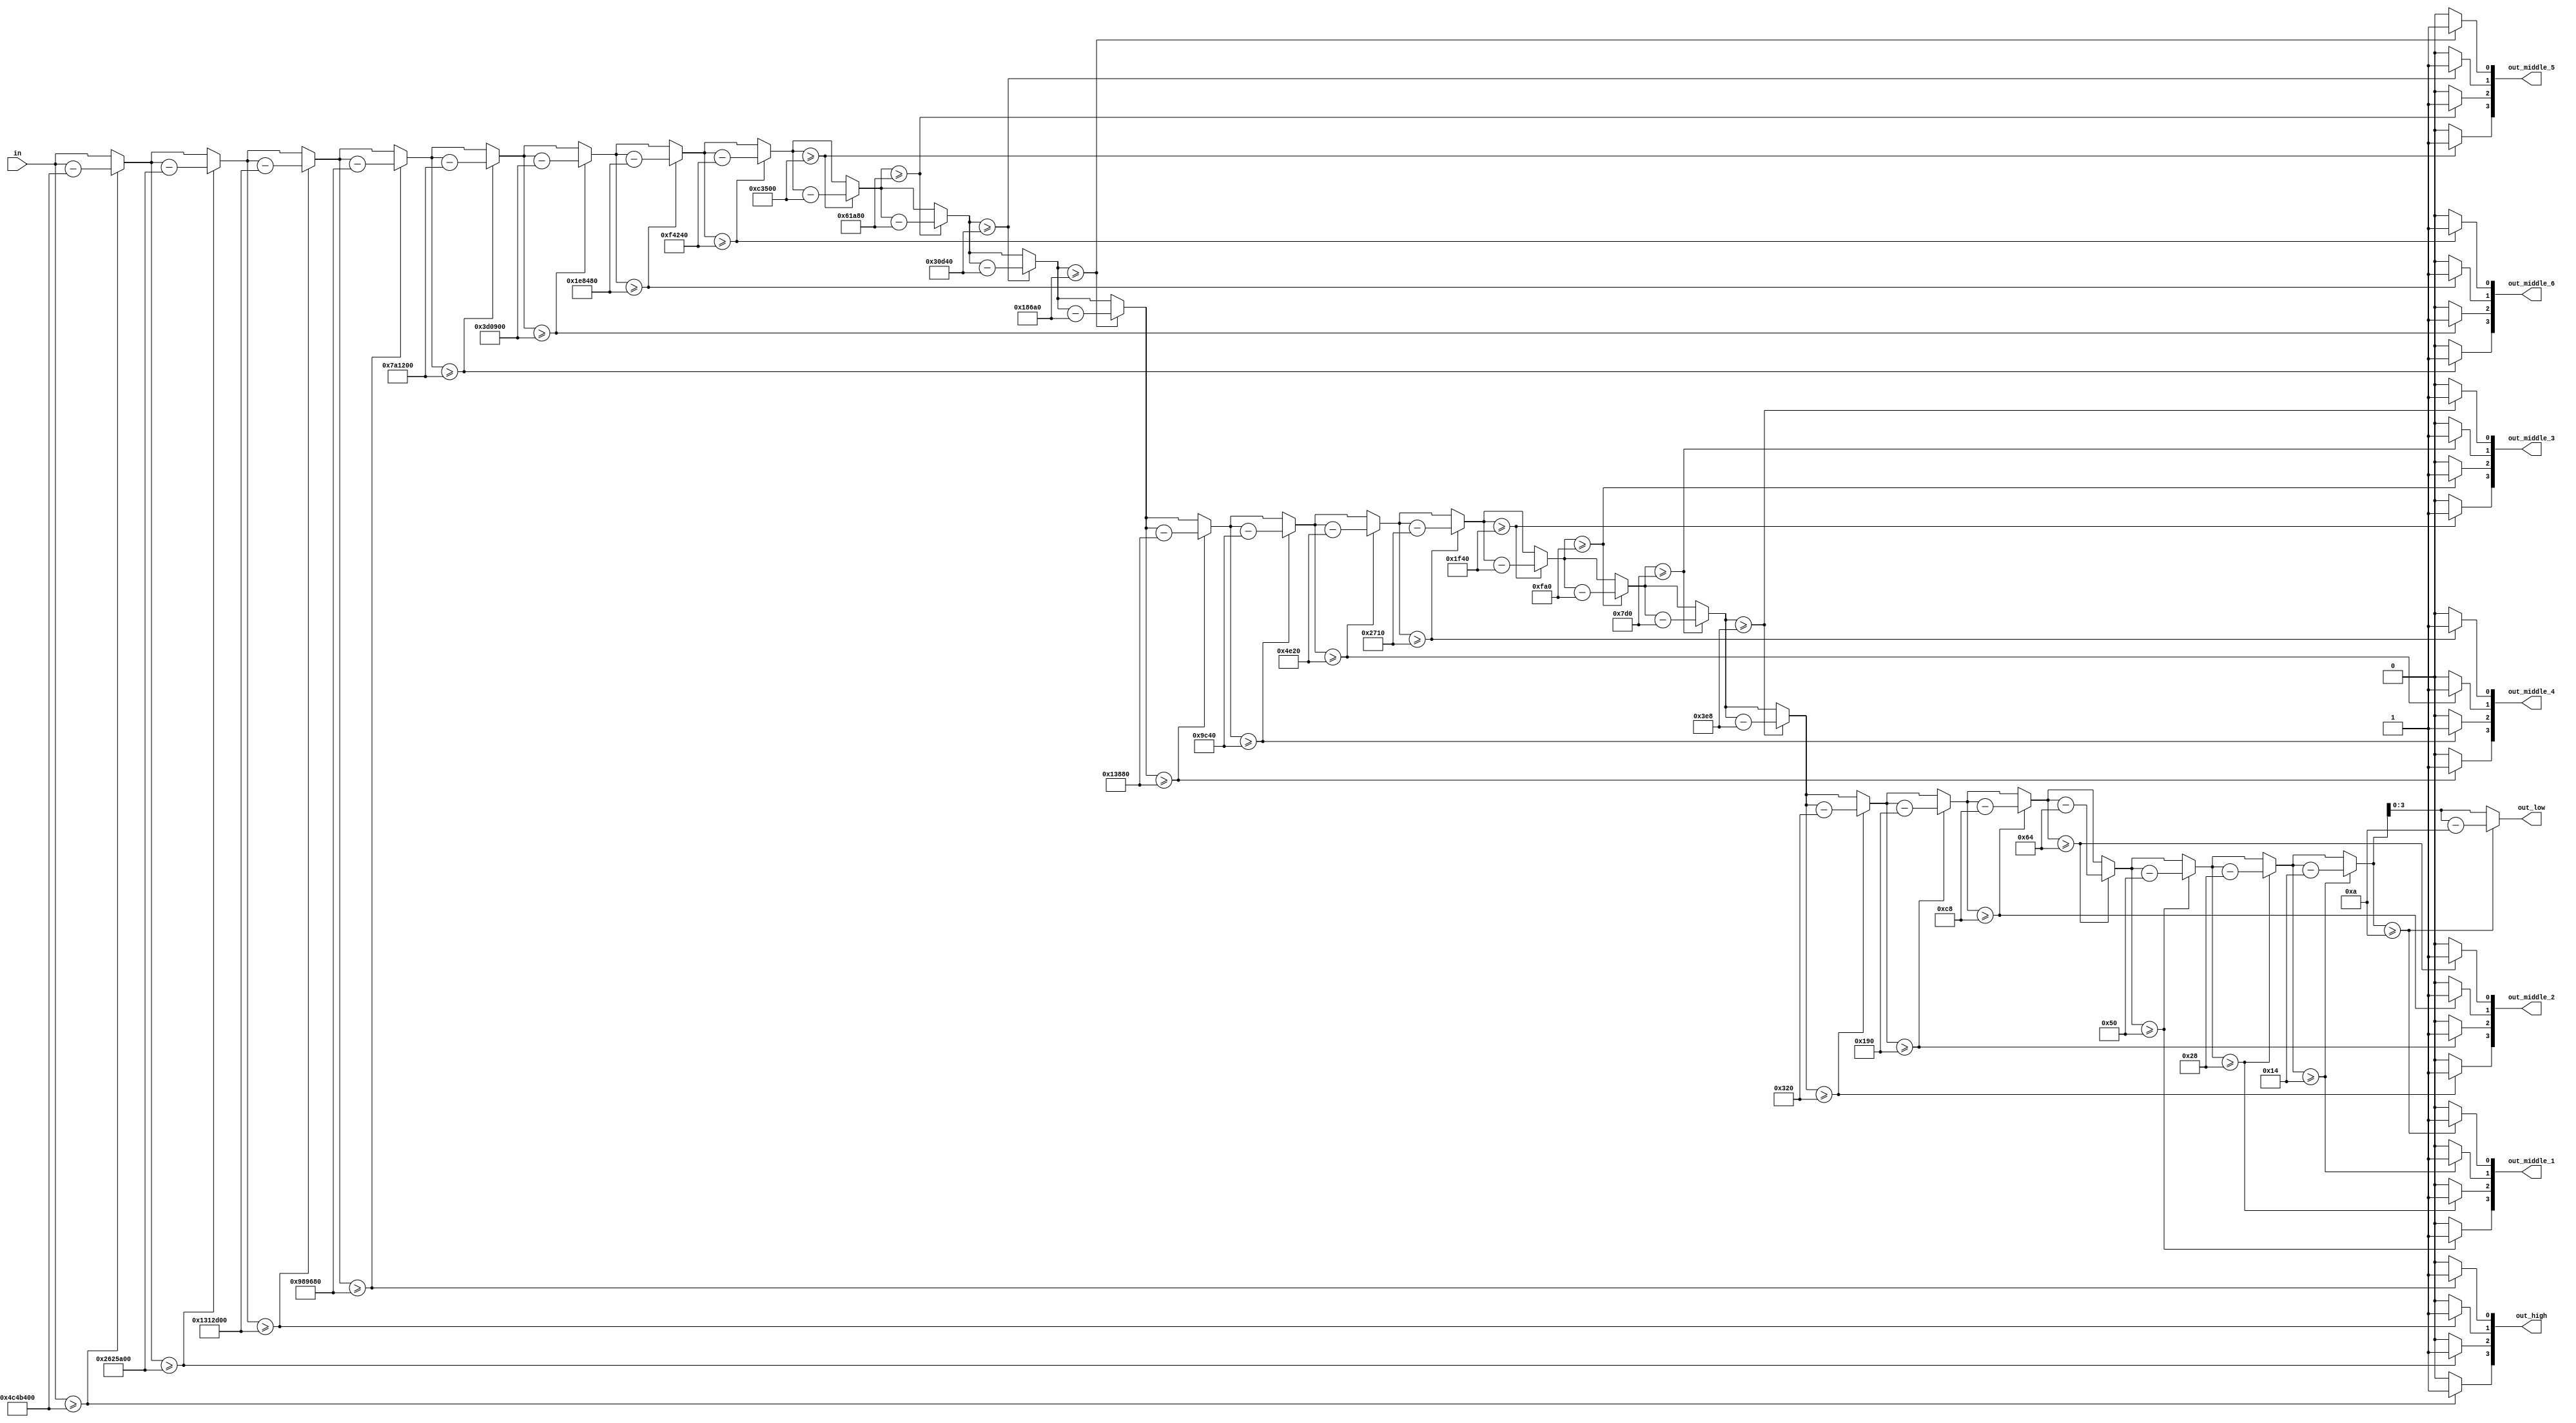
// Bintobcd: Translation from Binary to BCD format
module BintoBCD(in,
                out_low,
                out_middle_1, 
                out_middle_2,
                out_middle_3,
                out_middle_4,
                out_middle_5,
                out_middle_6,
                out_high);
                
    input  [27:0] in;
    output [3:0] out_low, out_high;
    output [3:0] out_middle_1, out_middle_2, out_middle_3, out_middle_4, out_middle_5, out_middle_6;

    wire [27:0] temp1, temp2, temp3, temp4, temp5, temp6, temp7, temp8, temp9, temp10, temp11, temp12, temp13, temp14, temp15, temp16;
    wire [27:0] temp17, temp18, temp19, temp20, temp21, temp22, temp23, temp24, temp25, temp26, temp27;

    // first 4 bits to BCD
  assign out_high[3] = (in >= 80000000)    ? 1            : 0;
  assign temp1   =     (in >= 80000000)    ? in - 80000000    : in;
  assign out_high[2] = (temp1 >= 40000000) ? 1            : 0;
  assign temp2   =     (temp1 >= 40000000) ? temp1 - 40000000 : temp1;
  assign out_high[1] = (temp2 >= 20000000) ? 1            : 0;
  assign temp3   =     (temp2 >= 20000000) ? temp2 - 20000000 : temp2;
  assign out_high[0] = (temp3 >= 10000000) ? 1            : 0;
  assign temp4   =     (temp3 >= 10000000) ? temp3 - 10000000 : temp3;

  assign out_middle_6[3] =    (temp4 >= 8000000) ? 1            : 0;
  assign temp5   =            (temp4 >= 8000000) ? temp4 - 8000000  : temp4;
  assign out_middle_6[2] =    (temp5 >= 4000000) ? 1            : 0;
  assign temp6   =            (temp5 >= 4000000) ? temp5 - 4000000  : temp5;
  assign out_middle_6[1] =    (temp6 >= 2000000) ? 1            : 0;
  assign temp7   =            (temp6 >= 2000000) ? temp6 - 2000000  : temp6;
  assign out_middle_6[0] =    (temp7 >= 1000000) ? 1            : 0;
  assign temp8   =            (temp7 >= 1000000) ? temp7 - 1000000  : temp7;
  
  assign out_middle_5[3] =   (temp8 >= 800000)  ? 1            : 0;
  assign temp9   =           (temp8 >= 800000)  ? temp8 - 800000   : temp8;
  assign out_middle_5[2] =   (temp9 >= 400000)  ? 1            : 0;
  assign temp10   =          (temp9 >= 400000)  ? temp9 - 400000   : temp9;
  assign out_middle_5[1] =   (temp10 >= 200000) ? 1            : 0;
  assign temp11   =          (temp10 >= 200000) ? temp10 - 200000  : temp10;
  assign out_middle_5[0] =   (temp11 >= 100000) ? 1            : 0;
  assign temp12   =          (temp11 >= 100000) ? temp11 - 100000  : temp11;

  assign out_middle_4[3] = (temp12 >= 80000)  ? 1            : 0;
  assign temp13   =        (temp12 >= 80000) ? temp12 - 80000 : temp12;
  assign out_middle_4[2] = (temp13 >= 40000) ? 1            : 0;
  assign temp14   =        (temp13 >= 40000) ? temp13 - 40000 : temp13;
  assign out_middle_4[1] = (temp14 >= 20000) ? 1            : 0;
  assign temp15   =        (temp14 >= 20000) ? temp14 - 20000 : temp14;
  assign out_middle_4[0] = (temp15 >= 10000) ? 1            : 0;
  assign temp16   =        (temp15 >= 10000) ? temp15 - 10000 : temp15;



    // left 4 bits to BCD
  assign out_middle_3[3] =      (temp16 >= 8000) ? 1            : 0;
  assign temp17   =             (temp16 >= 8000) ? temp16 - 8000  : temp16;
  assign out_middle_3[2] =      (temp17 >= 4000) ? 1            : 0;
  assign temp18   =             (temp17 >= 4000) ? temp17 - 4000  : temp17;
  assign out_middle_3[1] =      (temp18 >= 2000) ? 1            : 0;
  assign temp19   =             (temp18 >= 2000) ? temp18 - 2000  : temp18;
  assign out_middle_3[0] =      (temp19 >= 1000) ? 1            : 0;
  assign temp20   =             (temp19 >= 1000) ? temp19 - 1000  : temp19;
  
  assign out_middle_2[3] =     (temp20 >= 800) ? 1            : 0;
  assign temp21   =            (temp20 >= 800) ? temp20 - 800  : temp20;
  assign out_middle_2[2] =     (temp21 >= 400) ? 1            : 0;
  assign temp22   =            (temp21 >= 400) ? temp21 - 400  : temp21;
  assign out_middle_2[1] =     (temp22 >= 200) ? 1            : 0;
  assign temp23   =            (temp22 >= 200) ? temp22 - 200  : temp22;
  assign out_middle_2[0] =     (temp23 >= 100) ? 1            : 0;
  assign temp24   =            (temp23 >= 100) ? temp23 - 100  : temp23;

  assign out_middle_1[3] =     (temp24 >= 80) ? 1            : 0;
  assign temp25   =            (temp24 >= 80) ? temp24 - 80  : temp24;
  assign out_middle_1[2] =     (temp25 >= 40) ? 1            : 0;
  assign temp26   =            (temp25 >= 40) ? temp25 - 40  : temp25;
  assign out_middle_1[1] =     (temp26 >= 20) ? 1            : 0;
  assign temp27   =            (temp26 >= 20) ? temp26 - 20  : temp26;
  assign out_middle_1[0] =     (temp27 >= 10) ? 1            : 0;
  assign out_low  =            (temp27 >= 10) ? temp27 - 10  : temp27;


endmodule